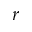
r